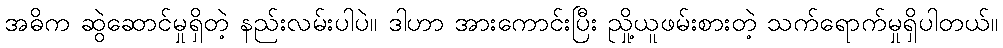
အဓိက ဆွဲဆောင်မှုရှိတဲ့ နည်းလမ်းပါပဲ။ ဒါဟာ အားကောင်းပြီး ညှို့ယူဖမ်းစားတဲ့ သက်ရောက်မှုရှိပါတယ်။